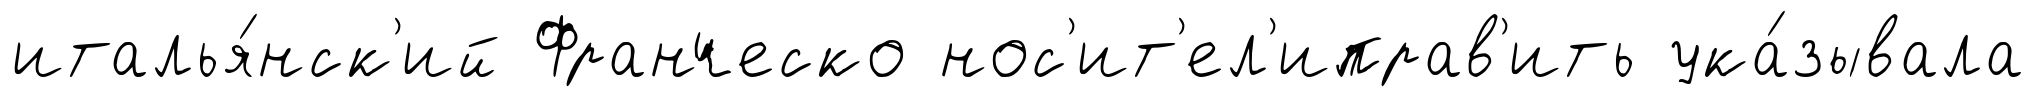
италья́нск'ий Франческо нос'ит'ел'иправ'ить ука́зывала